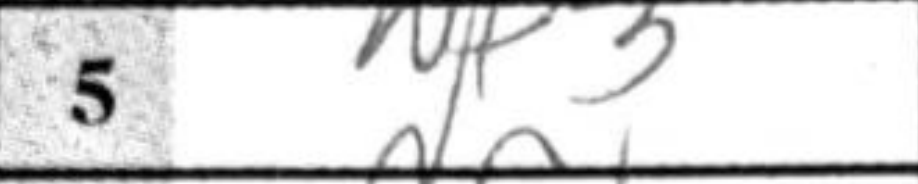
Transcription: Nf3